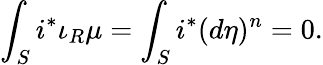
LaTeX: \int_{S}i^{*}\iota_{R}\mu=\int_{S}i^{*}(d\eta)^{n}=0.